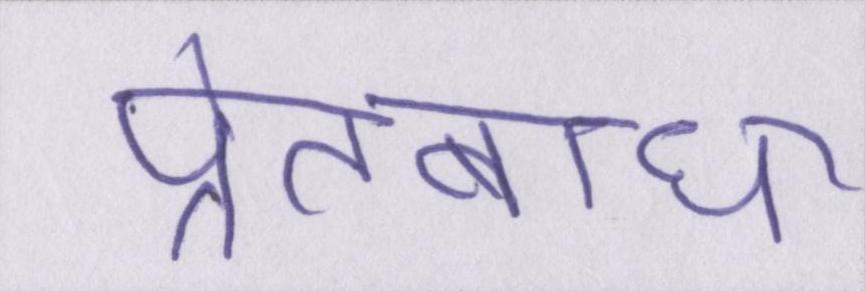
प्रेतबाधा